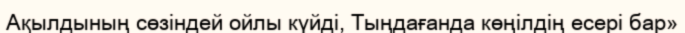
Ақылдының сөзіндей ойлы күйді, Тыңдағанда көңілдің есері бар»